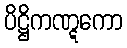
ပိဋ္ဌိကဏ္ဋကော